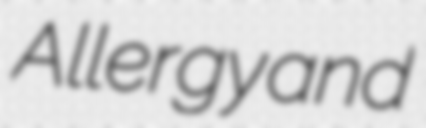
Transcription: Allergy and